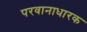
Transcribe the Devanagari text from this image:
परवानाधारक